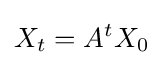
X_{t}=A^{t}X_{0}